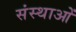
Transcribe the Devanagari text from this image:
संस्थाआें